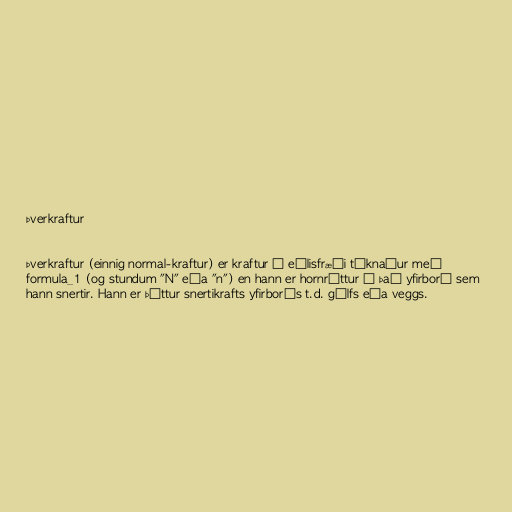
Þverkraftur

Þverkraftur (einnig normal-kraftur) er kraftur í eðlisfræði táknaður með
formula_1 (og stundum "N" eða "n") en hann er hornréttur á það yfirborð sem
hann snertir. Hann er þáttur snertikrafts yfirborðs t.d. gólfs eða veggs.